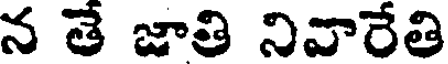
న తే జాతి నివారేతి